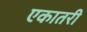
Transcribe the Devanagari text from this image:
एकातरी